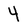
Character: 4